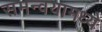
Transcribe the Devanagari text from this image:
समन्वयामध्ये